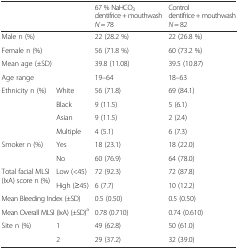
<table><thead><tr><td colspan="2"></td><td><b>67 % NaHCO<sub>3</sub> dentifrice + mouthwash <i>N</i> = 78</b></td><td><b>Control dentifrice + mouthwash <i>N</i> = 82</b></td></tr></thead><tbody><tr><td colspan="2">Male n (%)</td><td>22 (28.2 %)</td><td>22 (26.8 %)</td></tr><tr><td colspan="2">Female n (%)</td><td>56 (71.8 %)</td><td>60 (73.2 %)</td></tr><tr><td colspan="2">Mean age (±SD)</td><td>39.8 (11.08)</td><td>39.5 (10.87)</td></tr><tr><td colspan="2">Age range</td><td>19–64</td><td>18–63</td></tr><tr><td rowspan="4">Ethnicity n (%)</td><td>White</td><td>56 (71.8)</td><td>69 (84.1)</td></tr><tr><td>Black</td><td>9 (11.5)</td><td>5 (6.1)</td></tr><tr><td>Asian</td><td>9 (11.5)</td><td>2 (2.4)</td></tr><tr><td>Multiple</td><td>4 (5.1)</td><td>6 (7.3)</td></tr><tr><td rowspan="2">Smoker n (%)</td><td>Yes</td><td>18 (23.1)</td><td>18 (22.0)</td></tr><tr><td>No</td><td>60 (76.9)</td><td>64 (78.0)</td></tr><tr><td rowspan="2">Total facial MLSI (IxA) score n (%)</td><td>Low (&lt;45)</td><td>72 (92.3)</td><td>72 (87.8)</td></tr><tr><td>High (≥45)</td><td>6 (7.7)</td><td>10 (12.2)</td></tr><tr><td colspan="2">Mean Bleeding Index (±SD)</td><td>0.5 (0.50)</td><td>0.5 (0.50)</td></tr><tr><td colspan="2">Mean Overall MLSI (IxA) (±SD)<sup>a</sup></td><td>0.78 (0.710)</td><td>0.74 (0.610)</td></tr><tr><td rowspan="2">Site n (%)</td><td>1</td><td>49 (62.8)</td><td>50 (61.0)</td></tr><tr><td>2</td><td>29 (37.2)</td><td>32 (39.0)</td></tr></tbody></table>